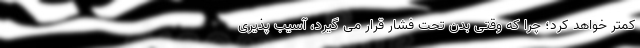
کمتر خواهد کرد؛ چرا که وقتی بدن تحت فشار قرار می گیرد، آسیب پذیری